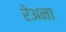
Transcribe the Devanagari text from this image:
रेअना